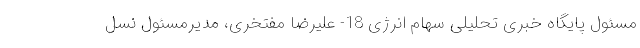
مسئول پایگاه خبری تحلیلی سهام انرژی 18- علیرضا مفتخری، مدیرمسئول نسل